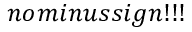
n o m i n u s s i g n ! ! !